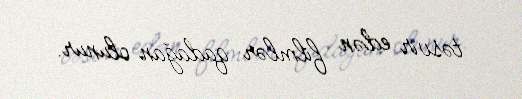
təsvir edən filmlər qadağan olunur.